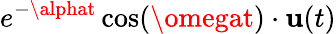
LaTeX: e^{-\alphat}\cos(\omegat)\cdot\mathbf{u}(t)